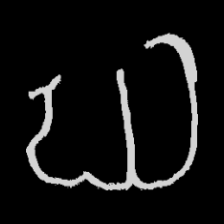
Pyu character \u2014 Myanmar letter: ဃ (romanized: gha)